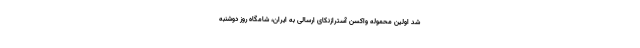
شد اولین محموله واکسن آسترازنکای ارسالی به ایران، شامگاه روز دوشنبه